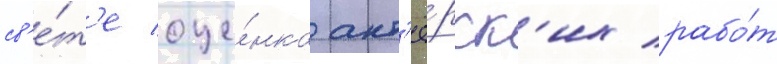
св'е́т'е оце́нка акт'ё́рск'их рабо́т